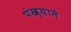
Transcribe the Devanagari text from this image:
पंख्याने